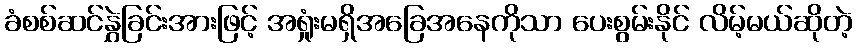
ခံစစ်ဆင်နွှဲခြင်းအားဖြင့် အရှုံးမရှိအခြေအနေကိုသာ ပေးစွမ်းနိုင် လိမ့်မယ်ဆိုတဲ့